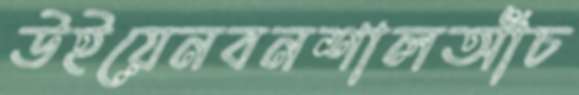
উইয়েনবনশালআঁচ